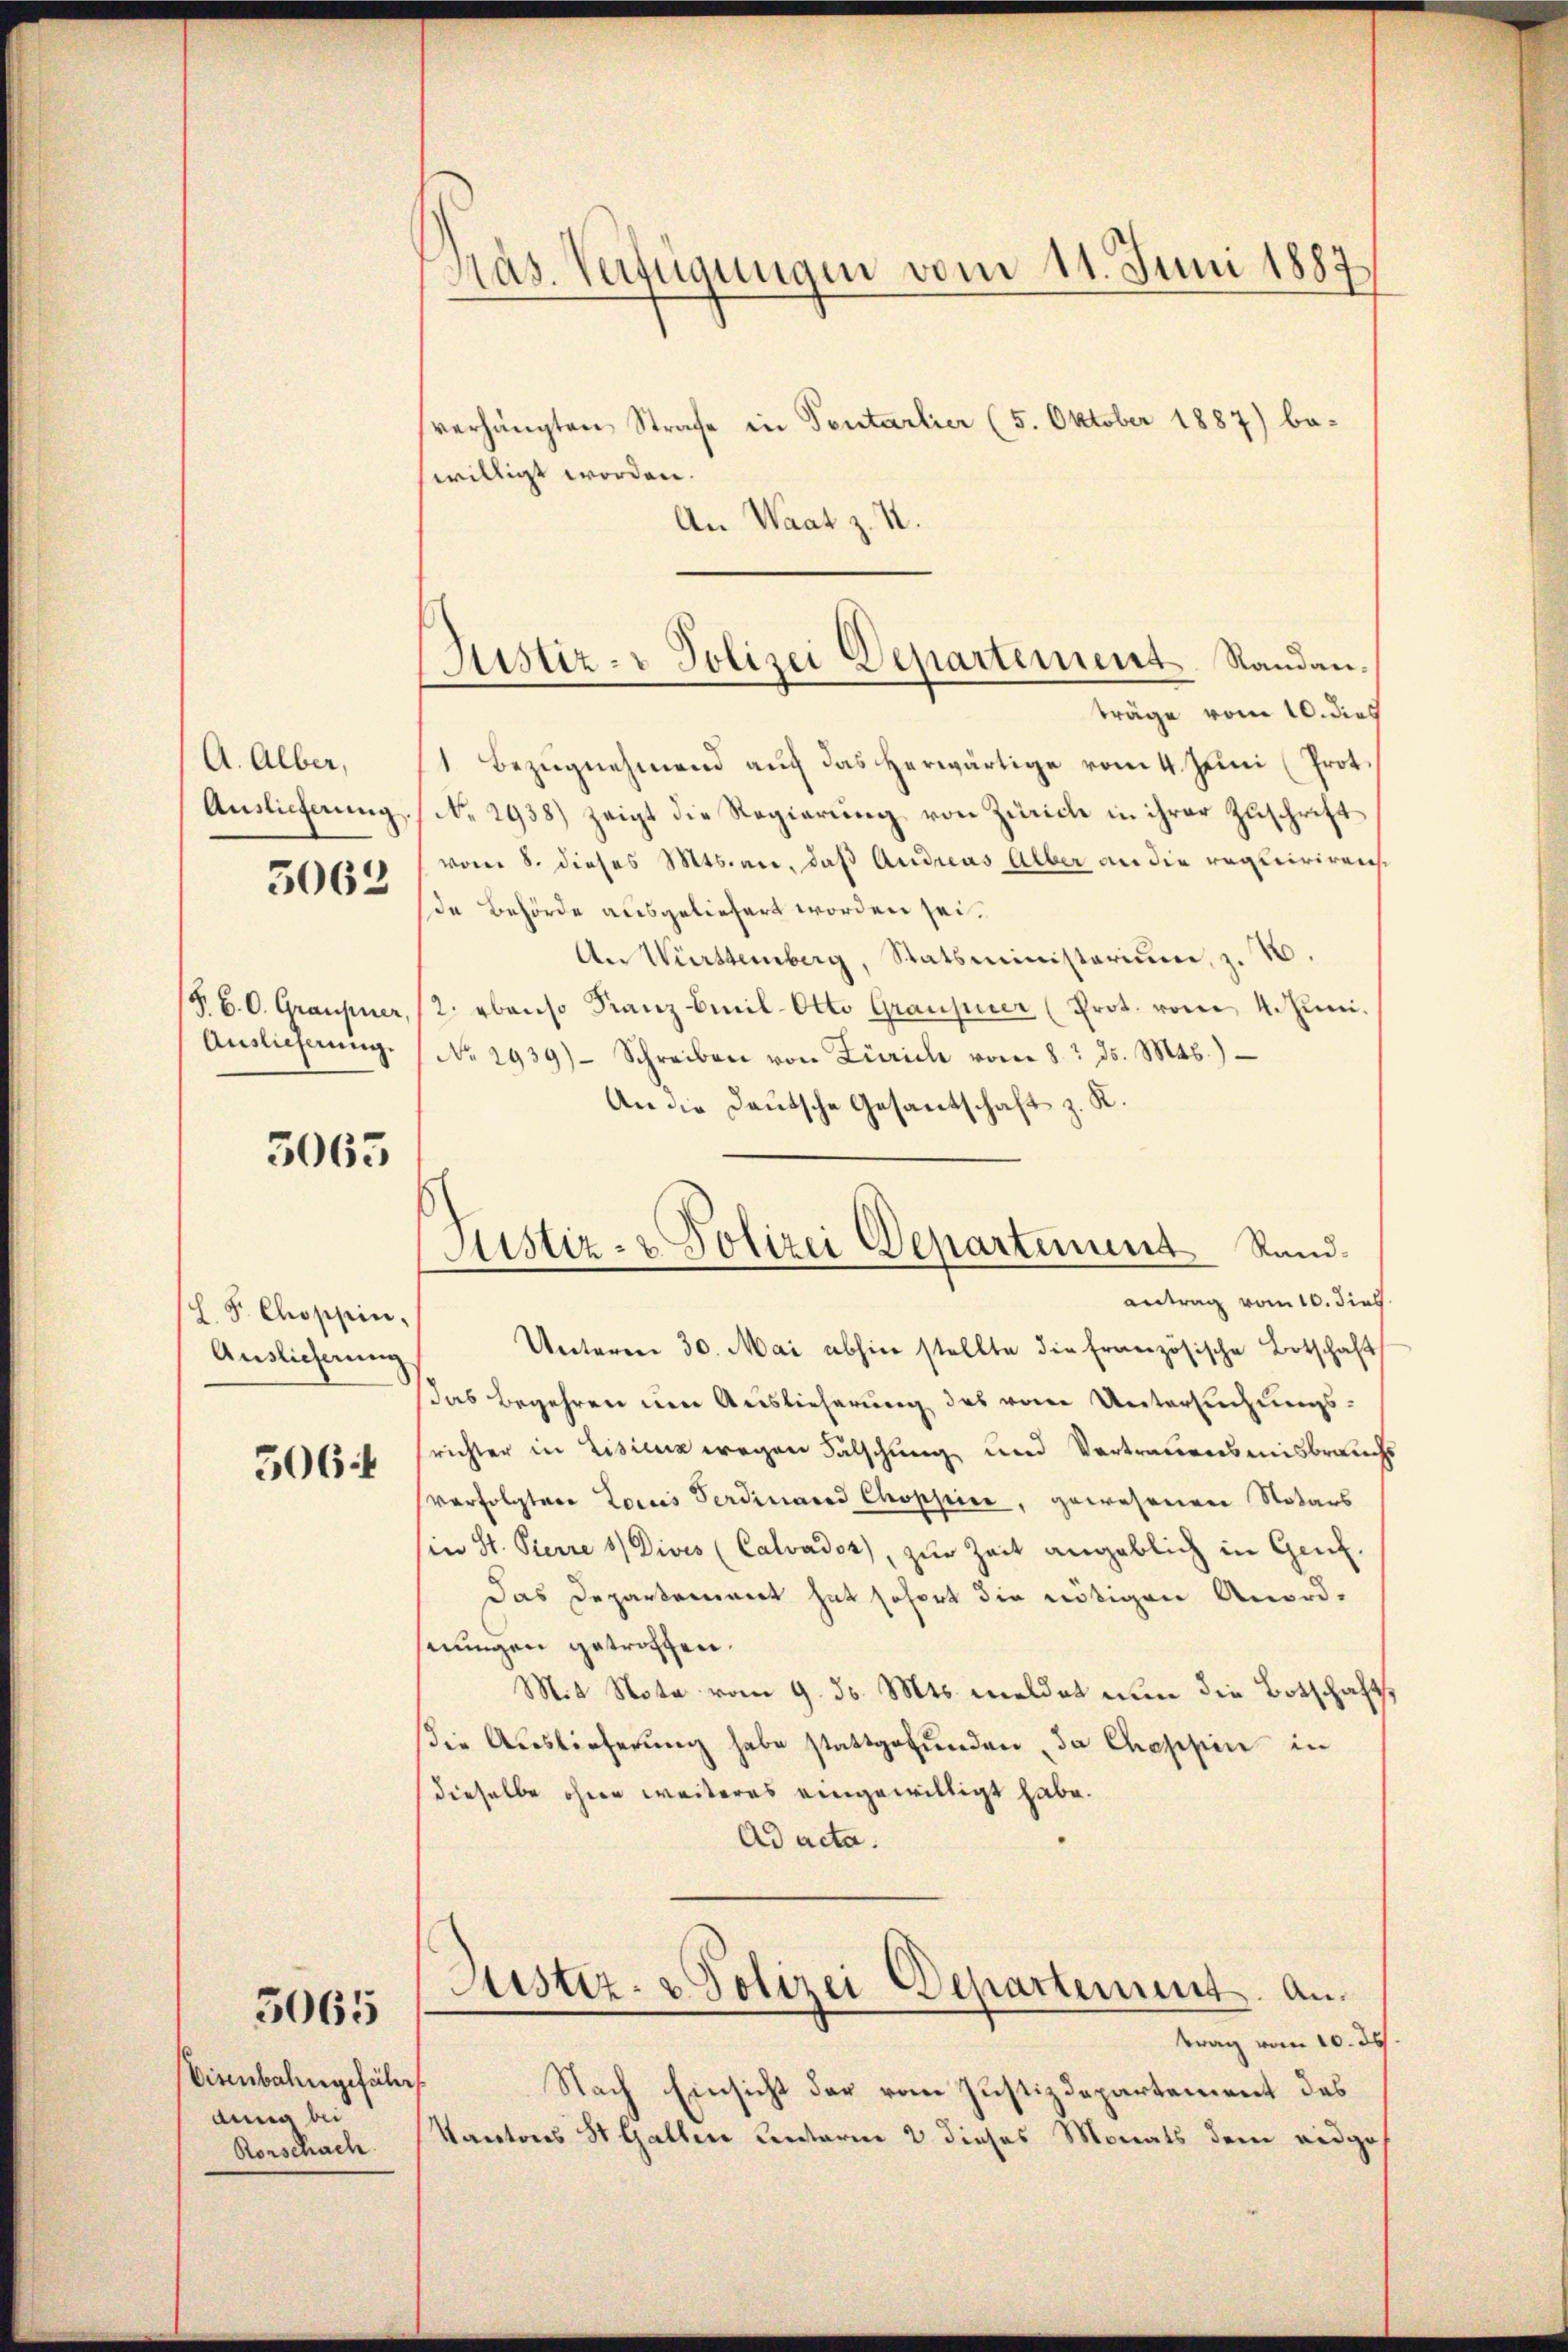
A. Alber,
Auslieferung
3063

§. B. O. Graupier,
Auslieferung.

3065

L. F. Choppin,
Auslieferung

506 f

Visenbahngefähr
dung bei
Rorschach

5065

Has. Verfügungen vom 11. Juni 1887

Justiz- & Polizei Departement Randan¬

Justiz- & Polizei Departement Rand¬

verhängten Strafe in Tentarlier (5. Oktober 1887) be-
willigt worden.
An Waat z. R.
träge vom 10. dies
1 Bezugnehmend auf das herwärtige vom 4. Juni (Prot.
No 2938) zeigt die Regierung von Zürich in ihrer Zuschrift
vom 8. dieses Mts. an, daß Andreas Alber an die requirirens
de Behörde ausgeliefert worden sei.
An Württemberg, Statsministerium, z. B.
2. ebenso Franz Emil-Otto Graupier (Prot. vom 4. Juni.
No 2939) Schreiben von Zürich vom 8. ds. Mts.)
An die Deutsche Gesantschaft z. K.
antrag vom 10. dies
Unterm 30. Mai abhin stellte die französische Botschaft
das Begehren um Auslieferung des von Untersuchungsrichter in Lisicz wegen Fälschung und Vertrauensmisbrauch
verfolgter Louis Ferdinares Choppice, gewesenen Notars
(in St. Pierre / Divis (Calvadoz), zur Zeit angeblich in Genf.
Das Departement hat sofort die nötigen Anordnungen getroffen.
Mit Nota vom 9. d. Mts. meldet nun die Botschaft
die Auslieferŭng habe stattgefŭnden, da Chassen in
dieselbe ohne weiteres eingewilligt habe.
Ad acta.
Justiz- & Polizei Departement. Antrag vom 10. ds
Nach Einsicht der vom Justizdepartement des
Kantons St. Gallen unterm 2 dieses Monats dem eidge